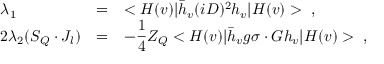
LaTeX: \begin{array} { l l l } { { \lambda _ { 1 } } } & { { = } } & { { < H ( v ) | \bar { h } _ { v } ( i D ) ^ { 2 } h _ { v } | H ( v ) > ~ , } } \\ { { 2 \lambda _ { 2 } ( S _ { Q } \cdot J _ { l } ) } } & { { = } } & { { \displaystyle - \frac { 1 } { 4 } Z _ { Q } < H ( v ) | \bar { h } _ { v } g \sigma \cdot G h _ { v } | H ( v ) > ~ , } } \end{array}